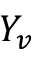
Y _ { v }